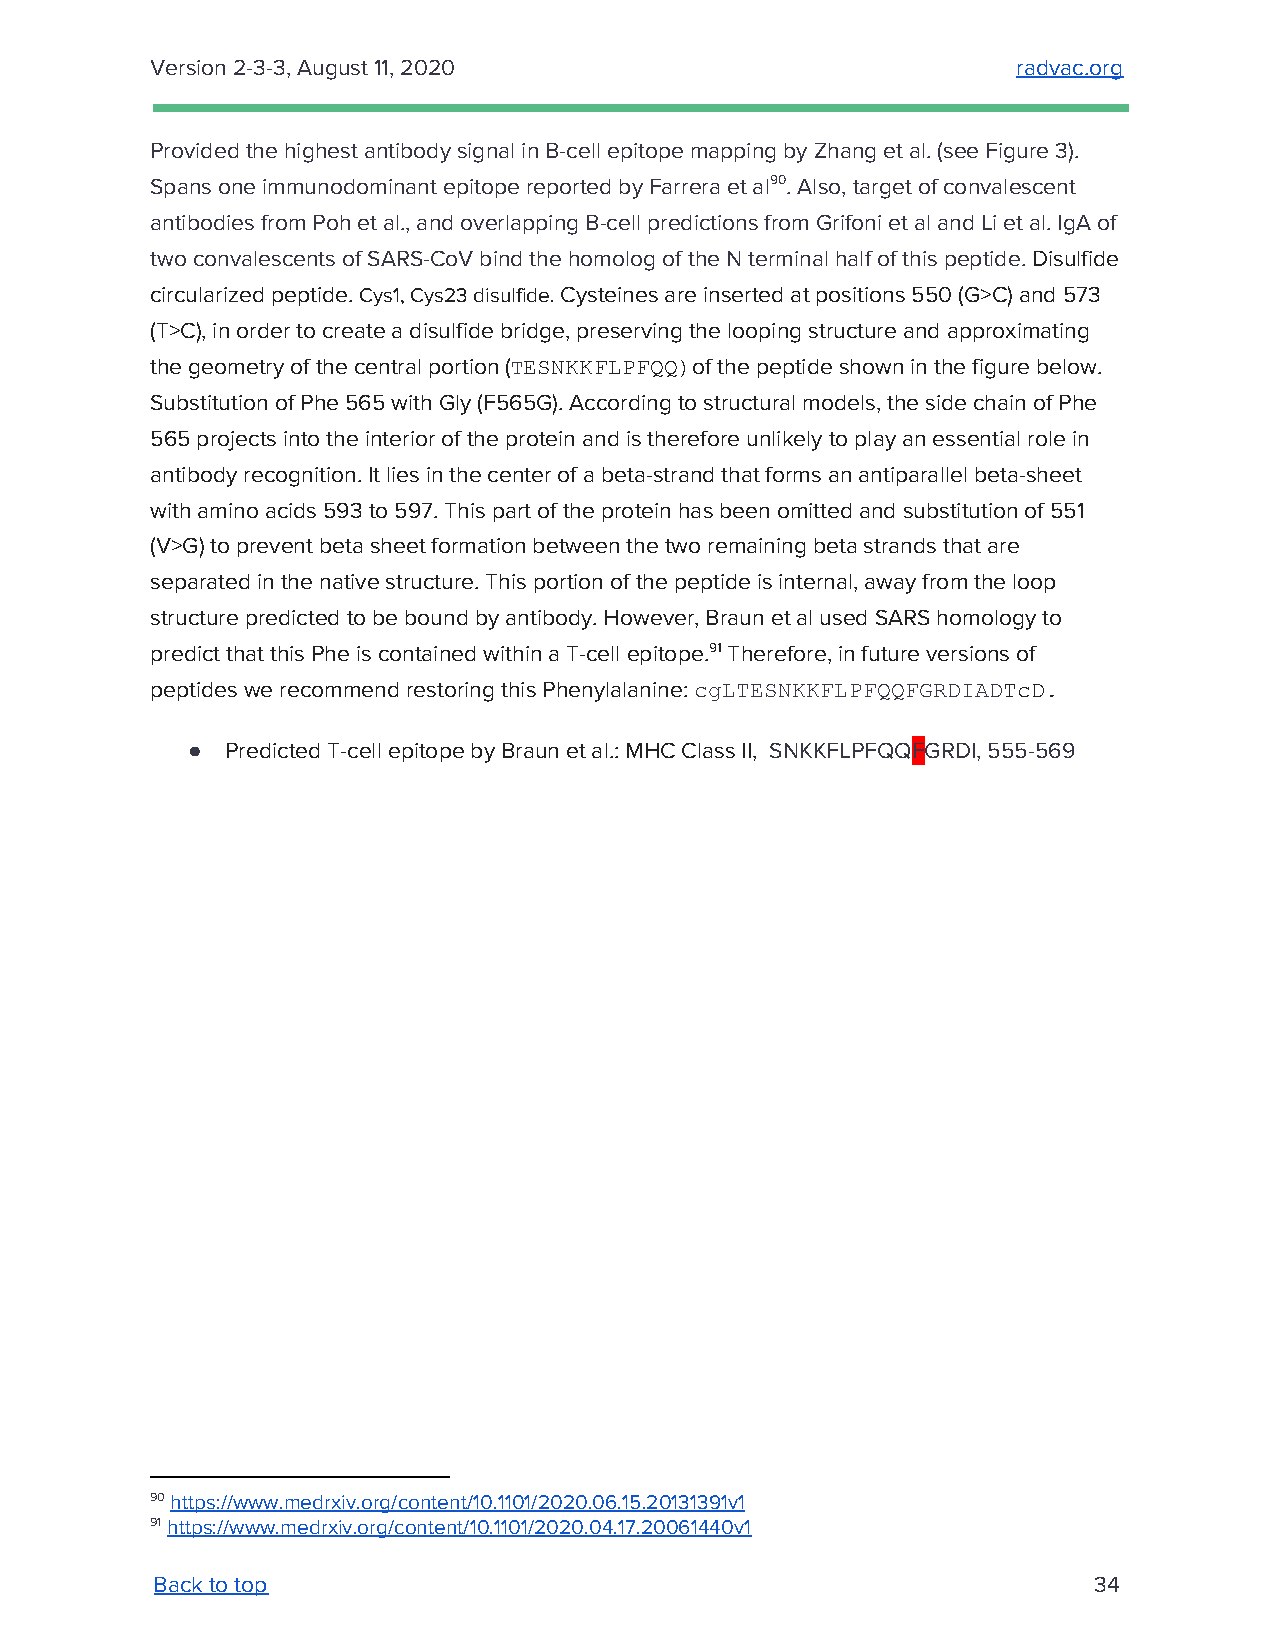
Version 2-3-3, August 11, 2020                           radvac.org
 ​
 Provided the highest antibody signal in B-cell epitope mapping by Zhang et al. (see Figure 3).
 Spans one immunodominant epitope reported by Farrera et al90. Also, target of convalescent
 antibodies from Poh et al., and overlapping B-cell predictions from Grifoni et al and Li et al. IgA of
 two convalescents of SARS-CoV bind the homolog of the N terminal half of this peptide. Disulfide
 ​
 circularized peptide. Cys1, Cys23 disulfide. Cysteines are inserted at positions 550 (G>C) and 573
 ​            ​
 (T>C), in order to create a disulfide bridge, preserving the looping structure and approximating
 the geometry of the central portion (TESNKKFLPFQQ)of the peptide shown in the figure below.
 ​ ​         ​
 Substitution of Phe 565 with Gly (F565G). According to structural models, the side chain of Phe
 565 projects into the interior of the protein and is therefore unlikely to play an essential role in
 antibody recognition. It lies in the center of a beta-strand that forms an antiparallel beta-sheet
 with amino acids 593 to 597. This part of the protein has been omitted and substitution of 551
 (V>G) to prevent beta sheet formation between the two remaining beta strands that are
 separated in the native structure. This portion of the peptide is internal, away from the loop
 structure predicted to be bound by antibody. However, Braun et al used SARS homology to
 predict that this Phe is contained within a T-cell epitope.91 Therefore, in future versions of
 peptides we recommend restoring this Phenylalanine: cgLTESNKKFLPFQQFGRDIADTcD.
 ​                   ​
 ●  Predicted T-cell epitope by Braun et al.: MHC Class II, SNKKFLPFQQFGRDI, 555-569
 ​        ​ ​
 90 https://www.medrxiv.org/content/10.1101/2020.06.15.20131391v1
 ​
 91 https://www.medrxiv.org/content/10.1101/2020.04.17.20061440v1
 ​
 Back to top                                                   34